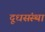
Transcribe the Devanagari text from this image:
दूधसंस्था